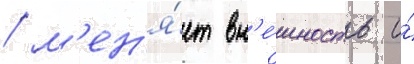
/ м'ен'я́ет вн'е́шность и́